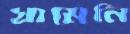
খামেনি